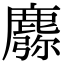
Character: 𪋈